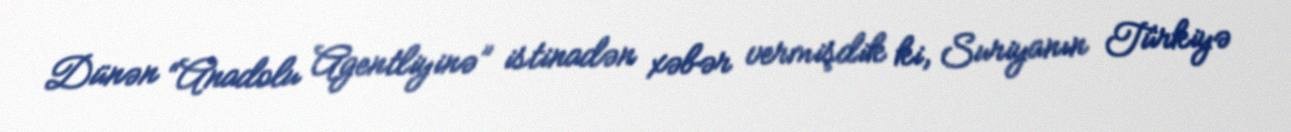
Dünən “Anadolu Agentliyinə” istinadən xəbər vermişdik ki, Suriyanın Türkiyə